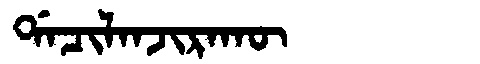
Manchu: ᡩᠠᠴᡳᠯᠠᠨᠵᡳᡵᠠᡴᡡ
Romanization: DACILANJIRAKŪ